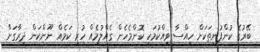
ބޭރުގެ ކުންފުނިތަކަށް ހިއްސާ ވިއްކުމަކީ ކޮންމެހެން ގެއްލުމެއް ހުރި ކަމެއް ނޫންކަން ދިރާގަށް